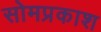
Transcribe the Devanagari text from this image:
सोमप्रकाश